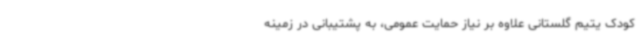
کودک یتیم گلستانی علاوه بر نیاز حمایت عمومی، به پشتیبانی در زمینه